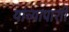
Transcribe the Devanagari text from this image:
यांच्यापाशी